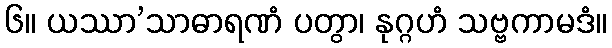
၆။ ယဿာ’သာဓာရဏံ ပတွာ၊ နုဂ္ဂဟံ သဗ္ဗကာမဒံ။